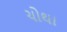
ચોથા